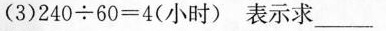
(3)$$2 4 0 \div 6 0 = 4$$(小时)表示求___